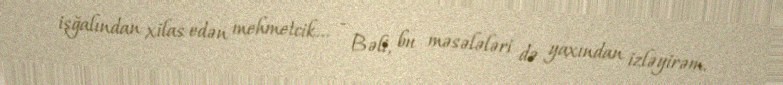
işğalından xilas edən mehmetcik... - Bəli, bu məsələləri də yaxından izləyirəm.